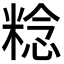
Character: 𥺴